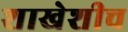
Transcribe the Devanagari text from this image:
शाखेशीच